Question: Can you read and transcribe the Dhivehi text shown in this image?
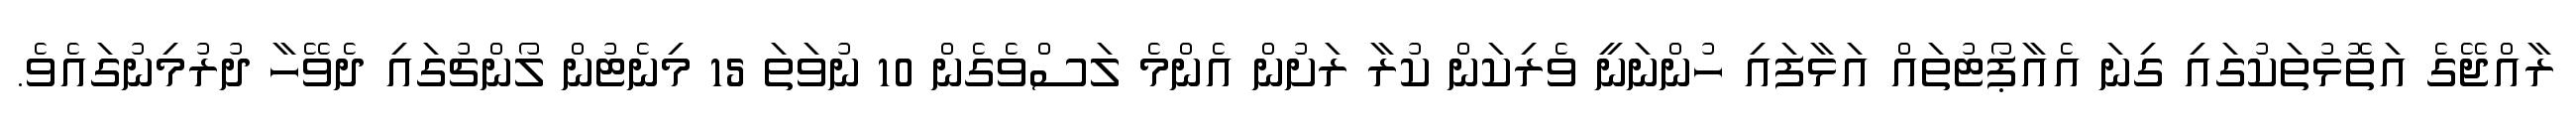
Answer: ރާއްޖޭގެ އަތޮޅުތަކުގައި ގިނަ އެއާޕޯޓުތައް އަޅާފައި ހުންނަނީ ވެރިކަން ކުރާ ރަށުން އެންމެ ލަސްވެގެން 10 ނުވަތަ 15 މިނެޓުން ލޯންޗުގައި ދެވޭހާ ދުރުމިނުގައެވެ.